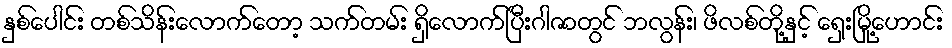
နှစ်ပေါင်း တစ်သိန်းလောက်တော့ သက်တမ်း ရှိလောက်ပြီးဂါဇာတွင် ဘလွန်း၊ ဖိလစ်တို့နှင့် ရှေးမြို့ဟောင်း